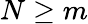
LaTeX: N\geq m